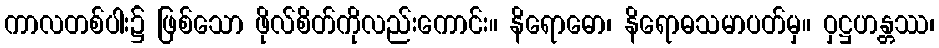
ကာလတစ်ပါး၌ ဖြစ်သော ဖိုလ်စိတ်ကိုလည်းကောင်း။ နိရောဓော၊ နိရောဓသမာပတ်မှ။ ဝှဋ္ဌဟန္တဿ၊